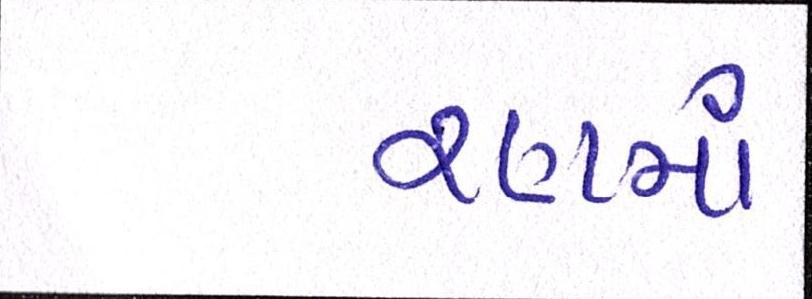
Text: રણમાં